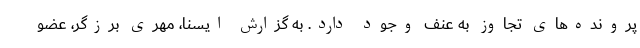
پرونده‌های تجاوز به عنف وجود دارد. به گزارش ایسنا، مهری برزگر، عضو